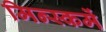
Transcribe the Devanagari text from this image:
मिन्स्कमें